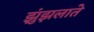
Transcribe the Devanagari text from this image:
झुंझलाते